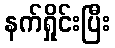
နက်ရှိုင်းပြီး